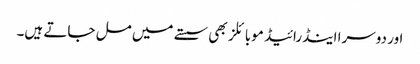
اور دوسرا اینڈرائیڈ موبائلز بھی سستے میں مل جاتے ہیں۔